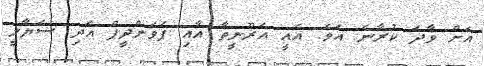
އަށް ވާދަ ކުރާނެ އެވެ. އެއީ އަރޫނީތާ އާއި ޕަވަންދީޕް އަދި ސަޔާލީ